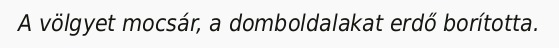
A völgyet mocsár, a domboldalakat erdő borította.